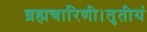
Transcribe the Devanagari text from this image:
ब्रह्मचारिणी।तृतीयं